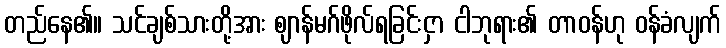
တည်နေ၏။ သင်ချစ်သားတို့အား ဈာန်မဂ်ဖိုလ်ရခြင်းငှာ ငါဘုရား၏ တာဝန်ဟု ဝန်ခံလျက်